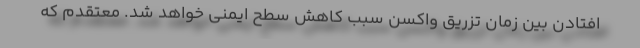
افتادن بین زمان تزریق واکسن سبب کاهش سطح ایمنی خواهد شد. معتقدم که